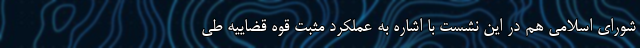
شورای اسلامی هم در این نشست با اشاره به عملکرد مثبت قوه قضاییه طی